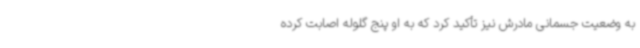
به وضعیت جسمانی مادرش نیز تأکید کرد که به او پنج گلوله اصابت کرده